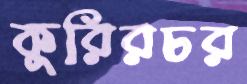
কুরিরচর